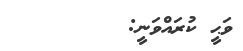
ވަޙީ ކުރައްވަނީ: